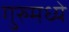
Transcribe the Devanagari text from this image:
गुरुमध्ये